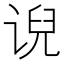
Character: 𰵵